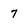
Character: 7